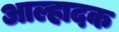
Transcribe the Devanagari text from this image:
आल्हादक